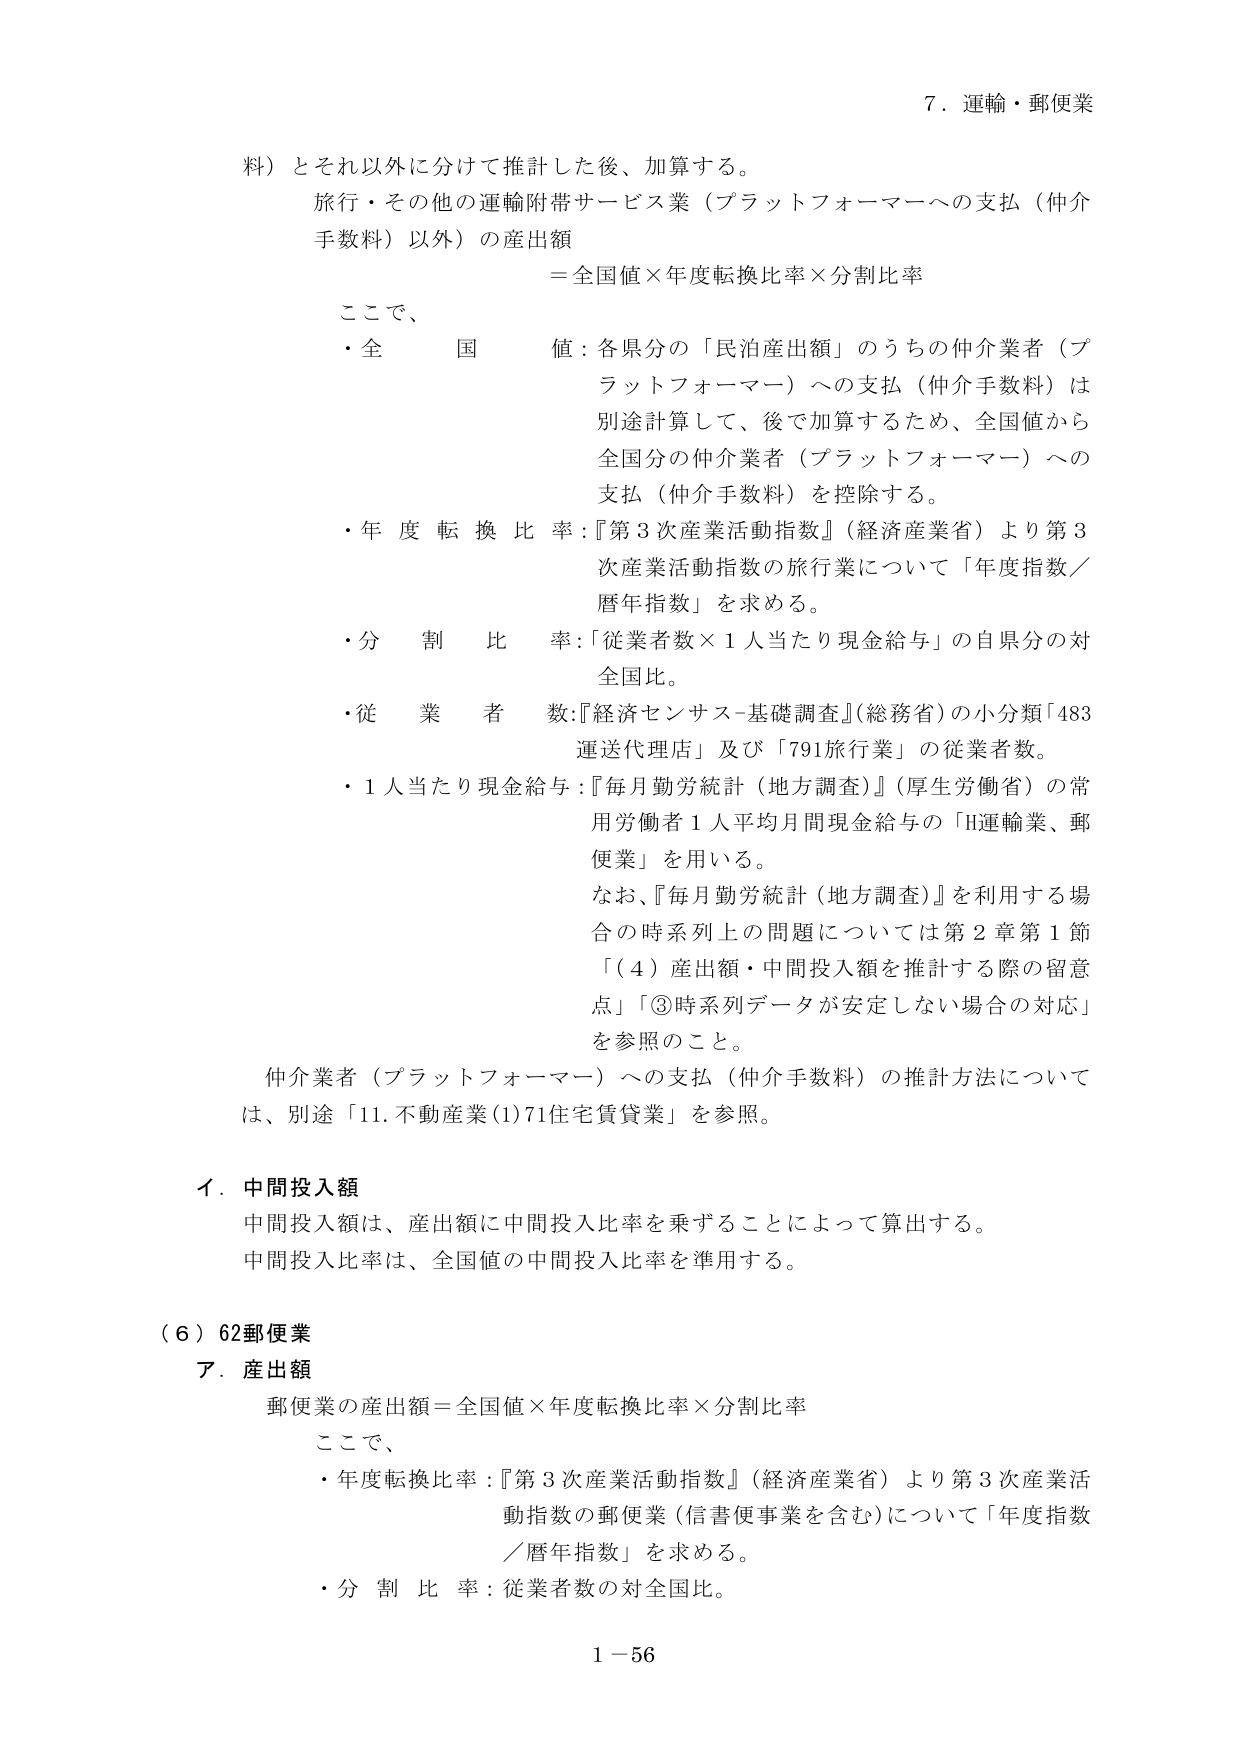
7．運輸・郵便業

料）とそれ以外に分けて推計した後、加算する。
旅行・その他の運輸附帯サービス業（プラットフォーマーへの支払（仲介手数料）以外）の産出額
＝全国値×年度転換比率×分割比率

ここで、
・全国値：各県分の「民泊産出額」のうちの仲介業者（プラットフォーマー）への支払（仲介手数料）は別途計算して、後で加算するため、全国値から全国分の仲介業者（プラットフォーマー）への支払（仲介手数料）を控除する。
・年度転換比率：『第3次産業活動指数』（経済産業省）より第3次産業活動指数の旅行業について「年度指数／暦年指数」を求める。
・分割比率：「従業者数×1人当たり現金給与」の自県分の対全国比。
・従業者数：『経済センサス-基礎調査』（総務省）の小分類「483運送代理店」及び「791旅行業」の従業者数。
・1人当たり現金給与：『毎月勤労統計（地方調査）』（厚生労働省）の常用労働者1人平均月間現金給与の「H運輸業、郵便業」を用いる。
なお、『毎月勤労統計（地方調査）』を利用する場合の時系列上の問題については第2章第1節「（4）産出額・中間投入額を推計する際の留意点」「③時系列データが安定しない場合の対応」を参照のこと。

仲介業者（プラットフォーマー）への支払（仲介手数料）の推計方法については、別途「11.不動産業(1)71住宅賃貸業」を参照。

イ．中間投入額
中間投入額は、産出額に中間投入比率を乗ずることによって算出する。
中間投入比率は、全国値の中間投入比率を準用する。

（6）62郵便業
ア．産出額
郵便業の産出額＝全国値×年度転換比率×分割比率

ここで、
・年度転換比率：『第3次産業活動指数』（経済産業省）より第3次産業活動指数の郵便業（信書便事業を含む）について「年度指数／暦年指数」を求める。
・分割比率：従業者数の対全国比。

1－56